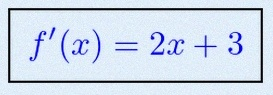
f'(x)=2x+3